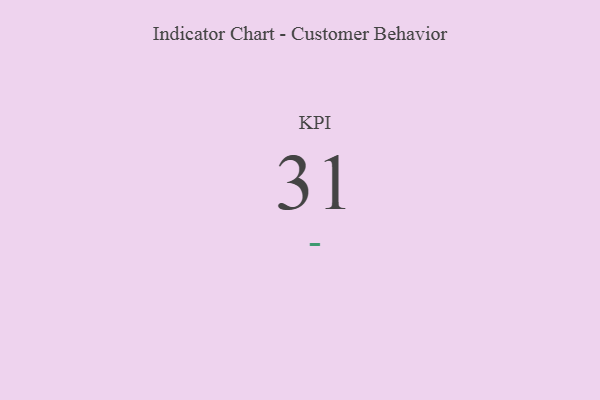
{"axis": {"x": "KPI", "y": "Value"}, "legend": [""], "data": [{"x": "KPI", "y": 31, "type": ""}]}